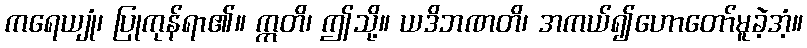
ကရေယျုံ၊ ပြုကုန်ရာ၏။ ဣတိ၊ ဤသို့။ ယဒိဘဏတိ၊ အကယ်၍ဟောတော်မူခဲ့အံ့။